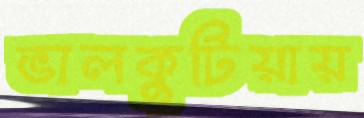
ভালকুটিয়ায়